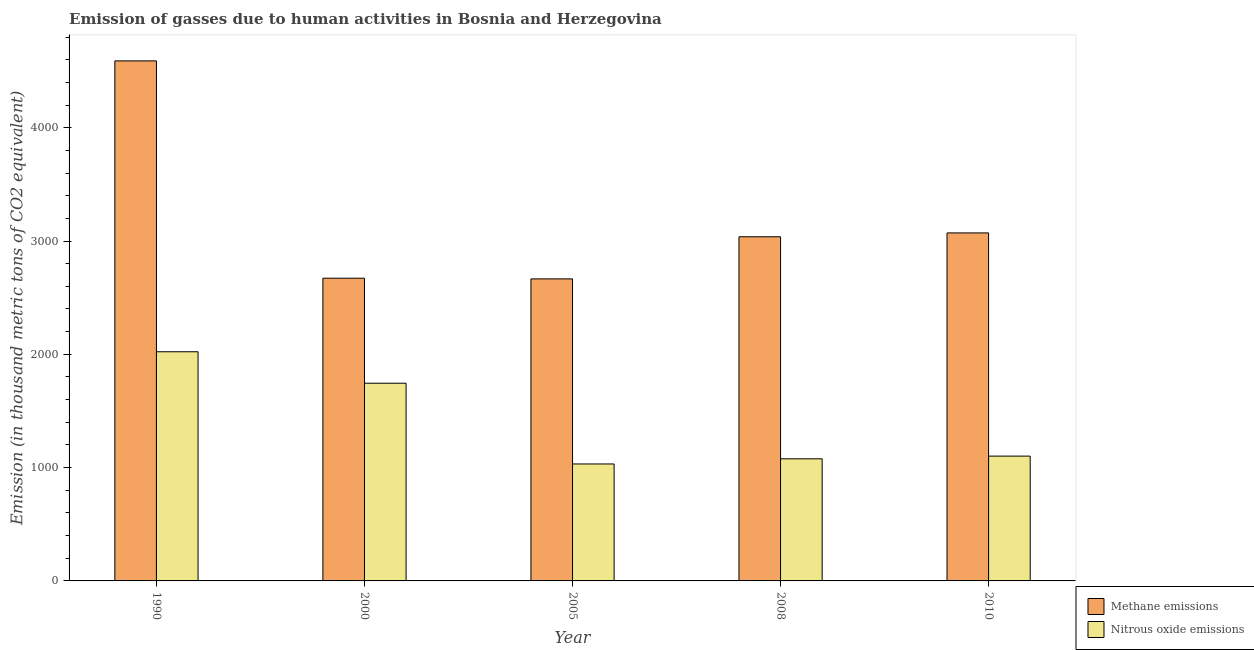
| Year | Methane emissions | Nitrous oxide emissions |
 | --- | --- | --- |
 | 1990 | 4.59e+03 | 2.02e+03 |
 | 2000 | 2.67e+03 | 1.74e+03 |
 | 2005 | 2.67e+03 | 1.03e+03 |
 | 2008 | 3.04e+03 | 1.08e+03 |
 | 2010 | 3.07e+03 | 1.1e+03 |